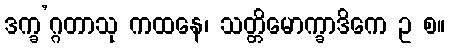
ဒက္ခ’ဂ္ဂတာသု ကထနေ၊ သတ္တိမောက္ခာဒိကေ ဥ စ။